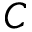
C